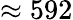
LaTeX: \approx 592